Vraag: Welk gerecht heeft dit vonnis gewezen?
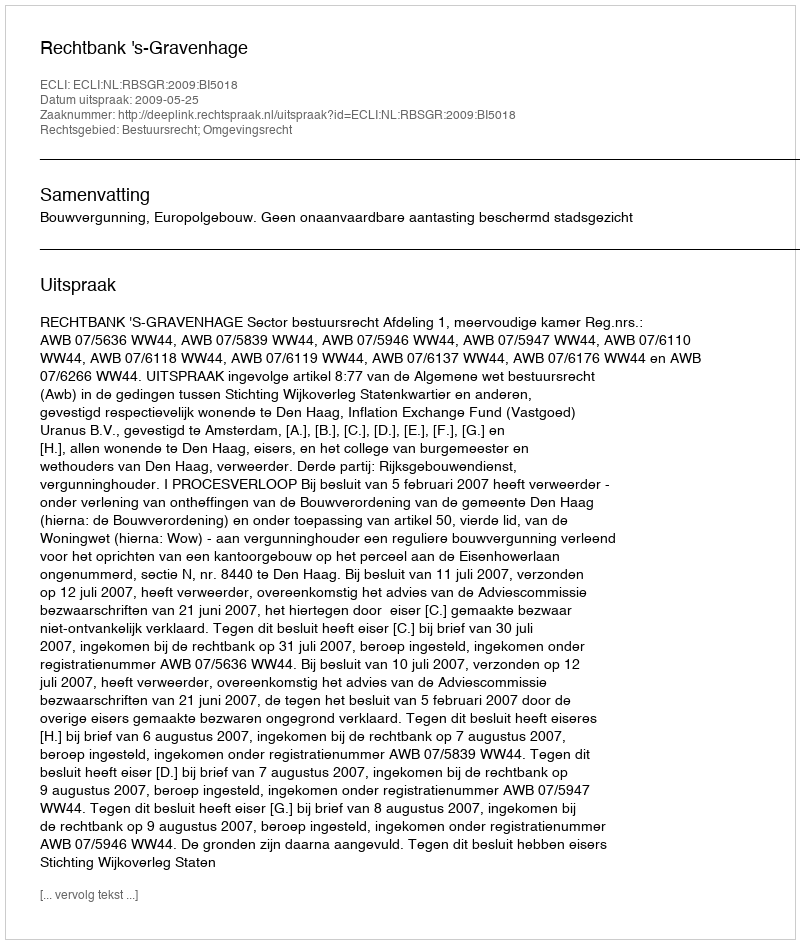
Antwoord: Rechtbank 's-Gravenhage